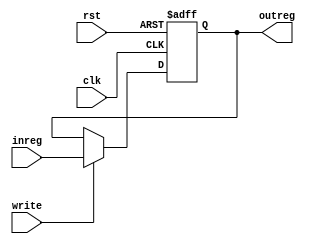
module Reg32_1(input clk, rst,write, input[31:0] inreg, output reg[31:0] outreg);
  always@(posedge clk, posedge rst)begin
    if(rst) outreg <= 32'b0;
    else begin
      if (write) outreg <= inreg;
    end
  end
endmodule